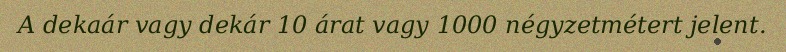
A dekaár vagy dekár 10 árat vagy 1000 négyzetmétert jelent.